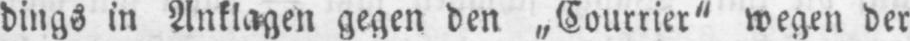
dings in Anklagen gegen den „Courrier“ wegen der